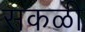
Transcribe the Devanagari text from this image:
सकळी